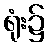
ရုံး၌